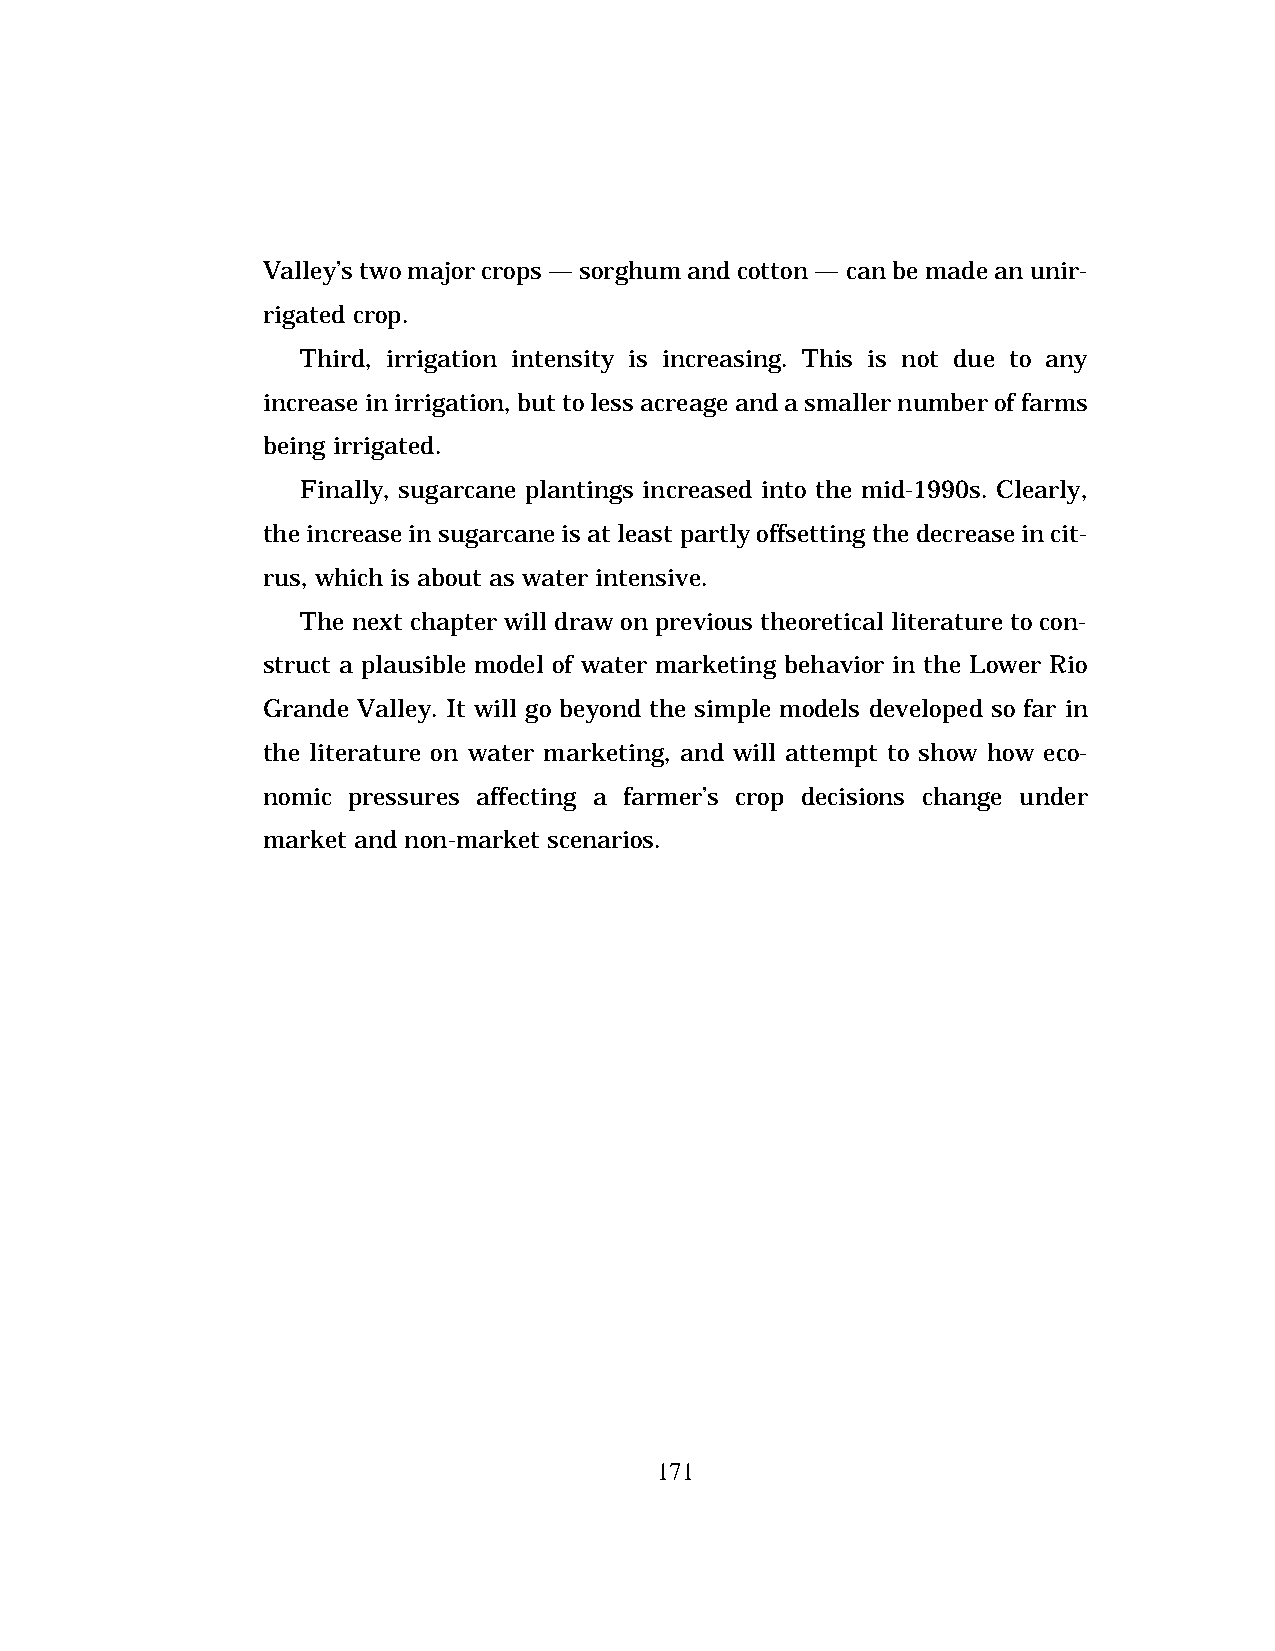
Valley’s two major crops — sorghum and cotton — can be made an unir-
 rigated crop.
 Third, irrigation intensity is increasing. This is not due to any
 increase in irrigation, but to less acreage and a smaller number of farms
 being irrigated.
 Finally, sugarcane plantings increased into the mid-1990s. Clearly,
 the increase in sugarcane is at least partly offsetting the decrease in cit-
 rus, which is about as water intensive.
 The next chapter will draw on previous theoretical literature to con-
 struct a plausible model of water marketing behavior in the Lower Rio
 Grande Valley. It will go beyond the simple models developed so far in
 the literature on water marketing, and will attempt to show how eco-
 nomic pressures affecting a farmer’s crop decisions change under
 market and non-market scenarios.
 171